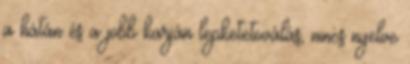
a hátán és a jobb karján lepketetoválás, nincs nyelve